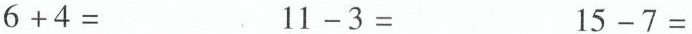
$$6 + 4 =$$ $$11 - 3 =$$ $$15 - 7 =$$